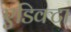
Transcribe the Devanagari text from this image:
एडिक्टा